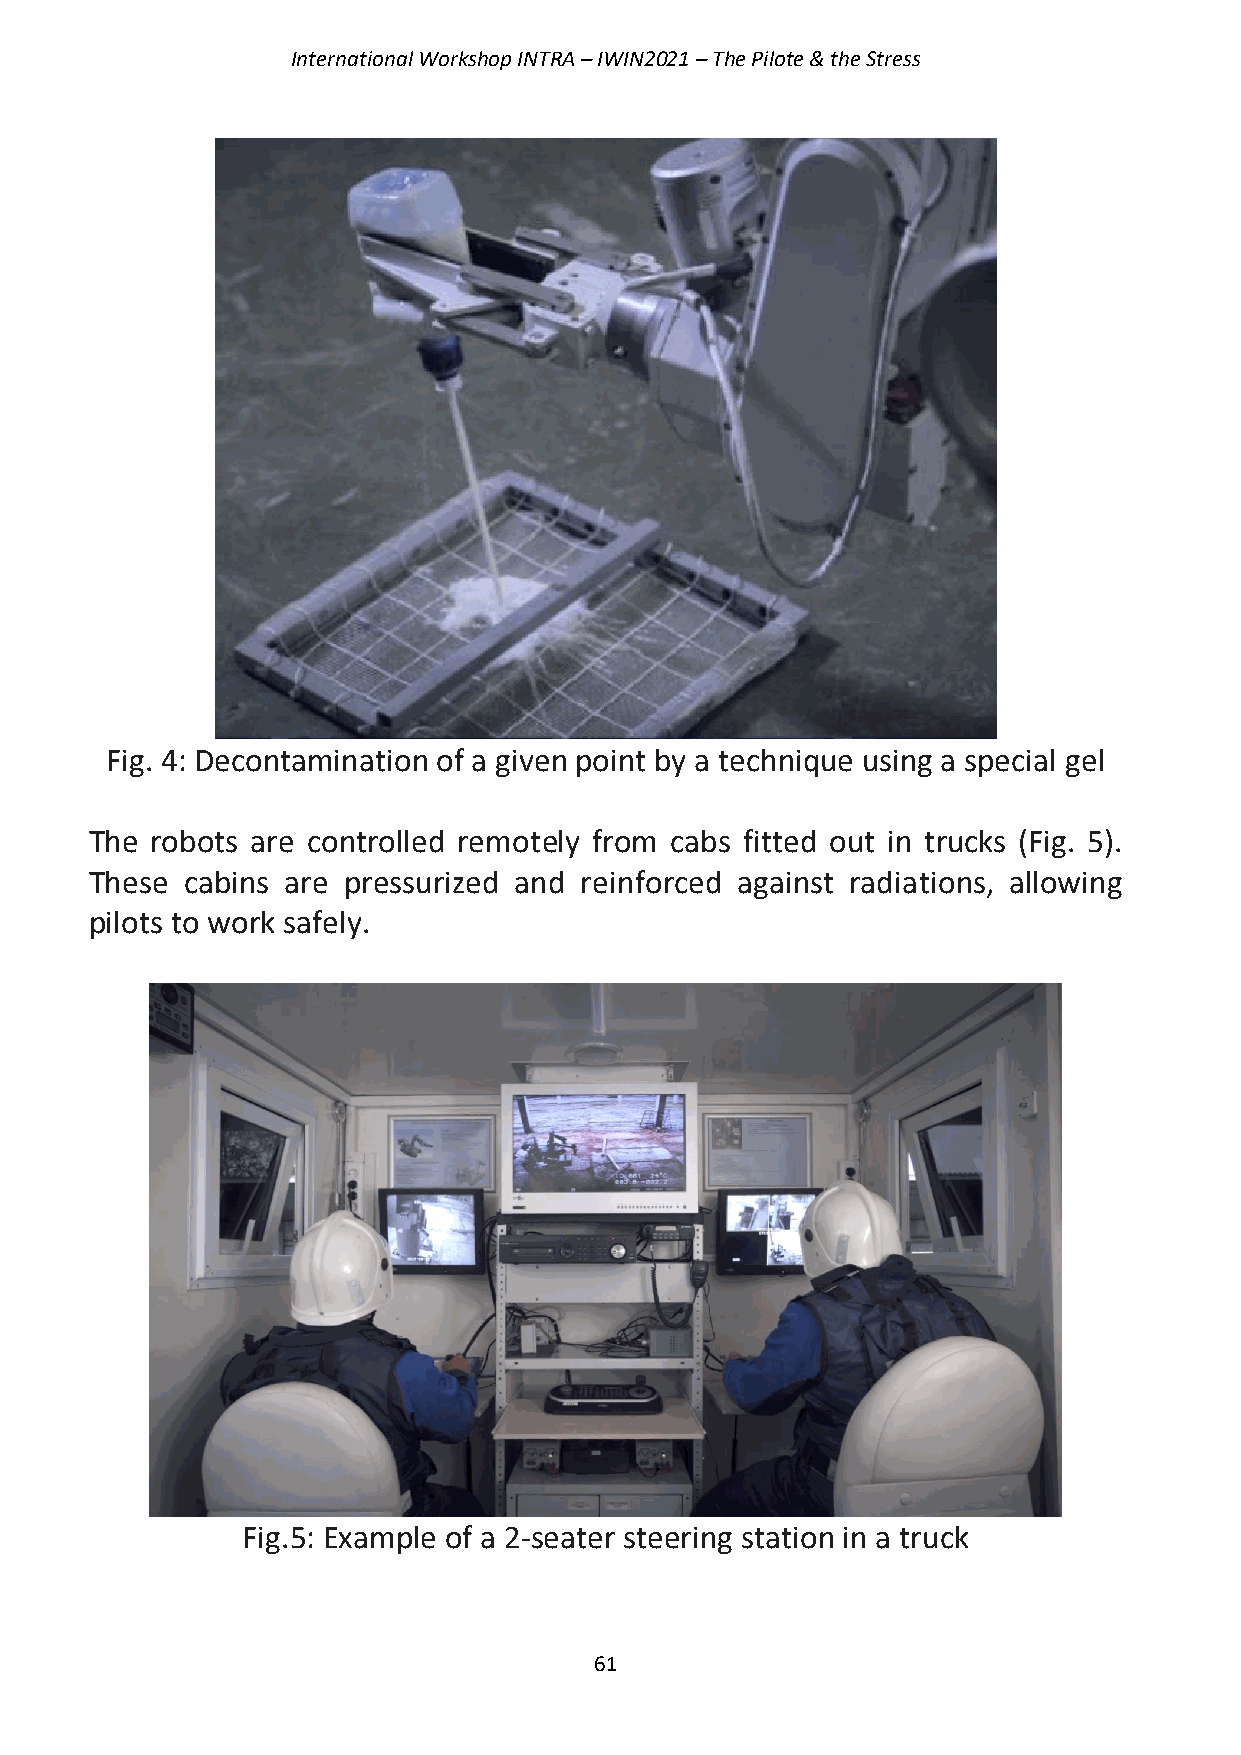
International Workshop INTRA – IWIN2021 – The Pilote & the Stress
 Fig. 4: Decontamination of a given point by a technique using a special gel
 The robots are controlled remotely from cabs fitted out in trucks (Fig. 5).
 These cabins are pressurized and reinforced against radiations, allowing
 pilots to work safely.
 Fig.5: Example of a 2-seater steering station in a truck
 61